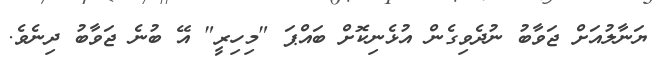
ޔަނާލުއަށް ޖަވާބު ނުދެވިގެން އުޅެނިކޮށް ބައްޕަ "މިހިރީ" އޭ ބުނެ ޖަވާބު ދިނެވެ.